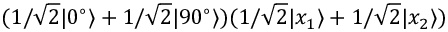
( 1 / \sqrt { 2 } | 0 ^ { \circ } \rangle + 1 / \sqrt { 2 } | 9 0 ^ { \circ } \rangle ) ( 1 / \sqrt { 2 } | x _ { 1 } \rangle + 1 / \sqrt { 2 } | x _ { 2 } \rangle )